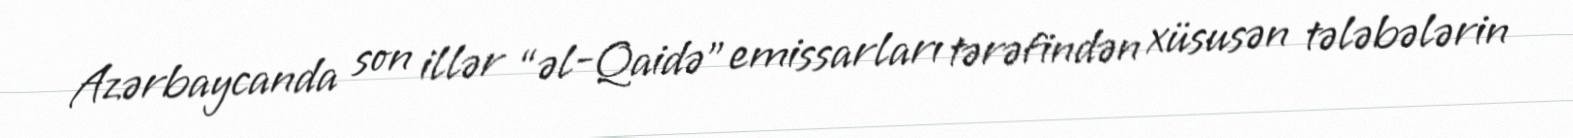
Azərbaycanda son illər “əl-Qaidə” emissarları tərəfindən xüsusən tələbələrin